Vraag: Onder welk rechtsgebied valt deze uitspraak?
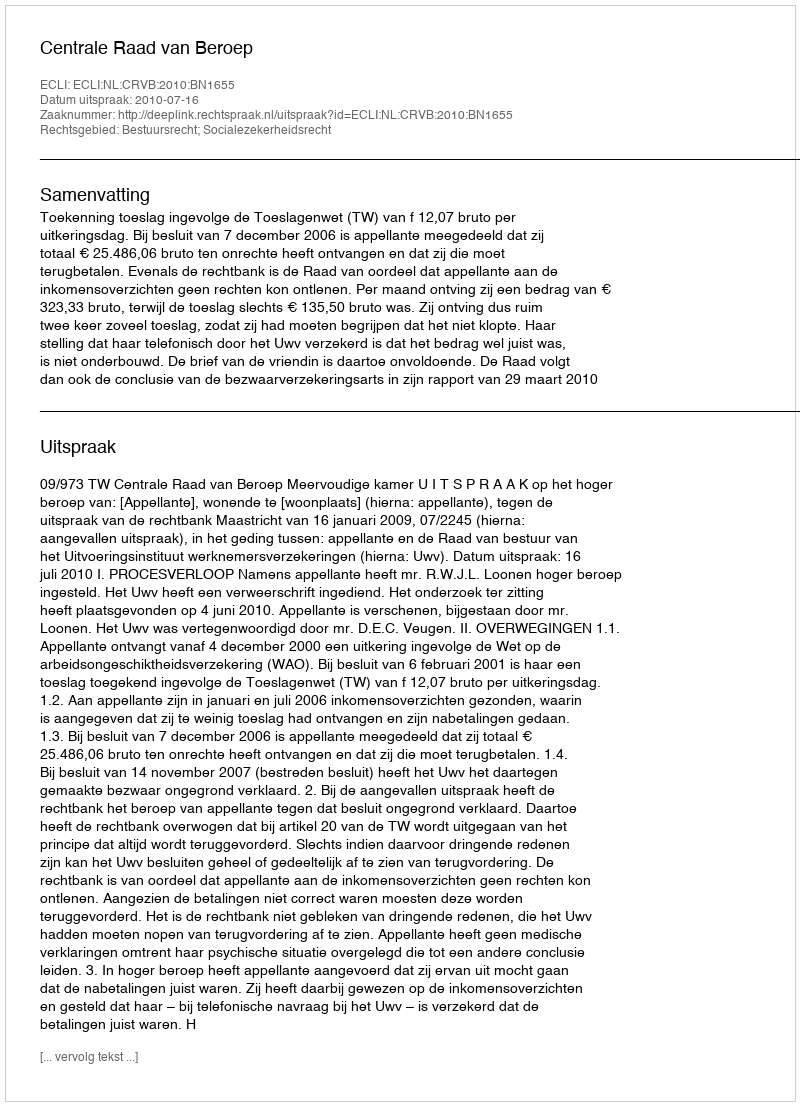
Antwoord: Bestuursrecht; Socialezekerheidsrecht